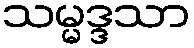
သမ္မဒ္ဒသာ